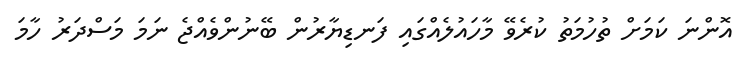
އޮންނަ ކަމަށް ތުހުމަތު ކުރެވޭ މާހައުލެއްގައި ފަނޑިޔާރުން ބޭނުންވެއްޖެ ނަމަ މަސްދަރު ހާމަ